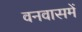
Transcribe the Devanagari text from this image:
वनवासमें